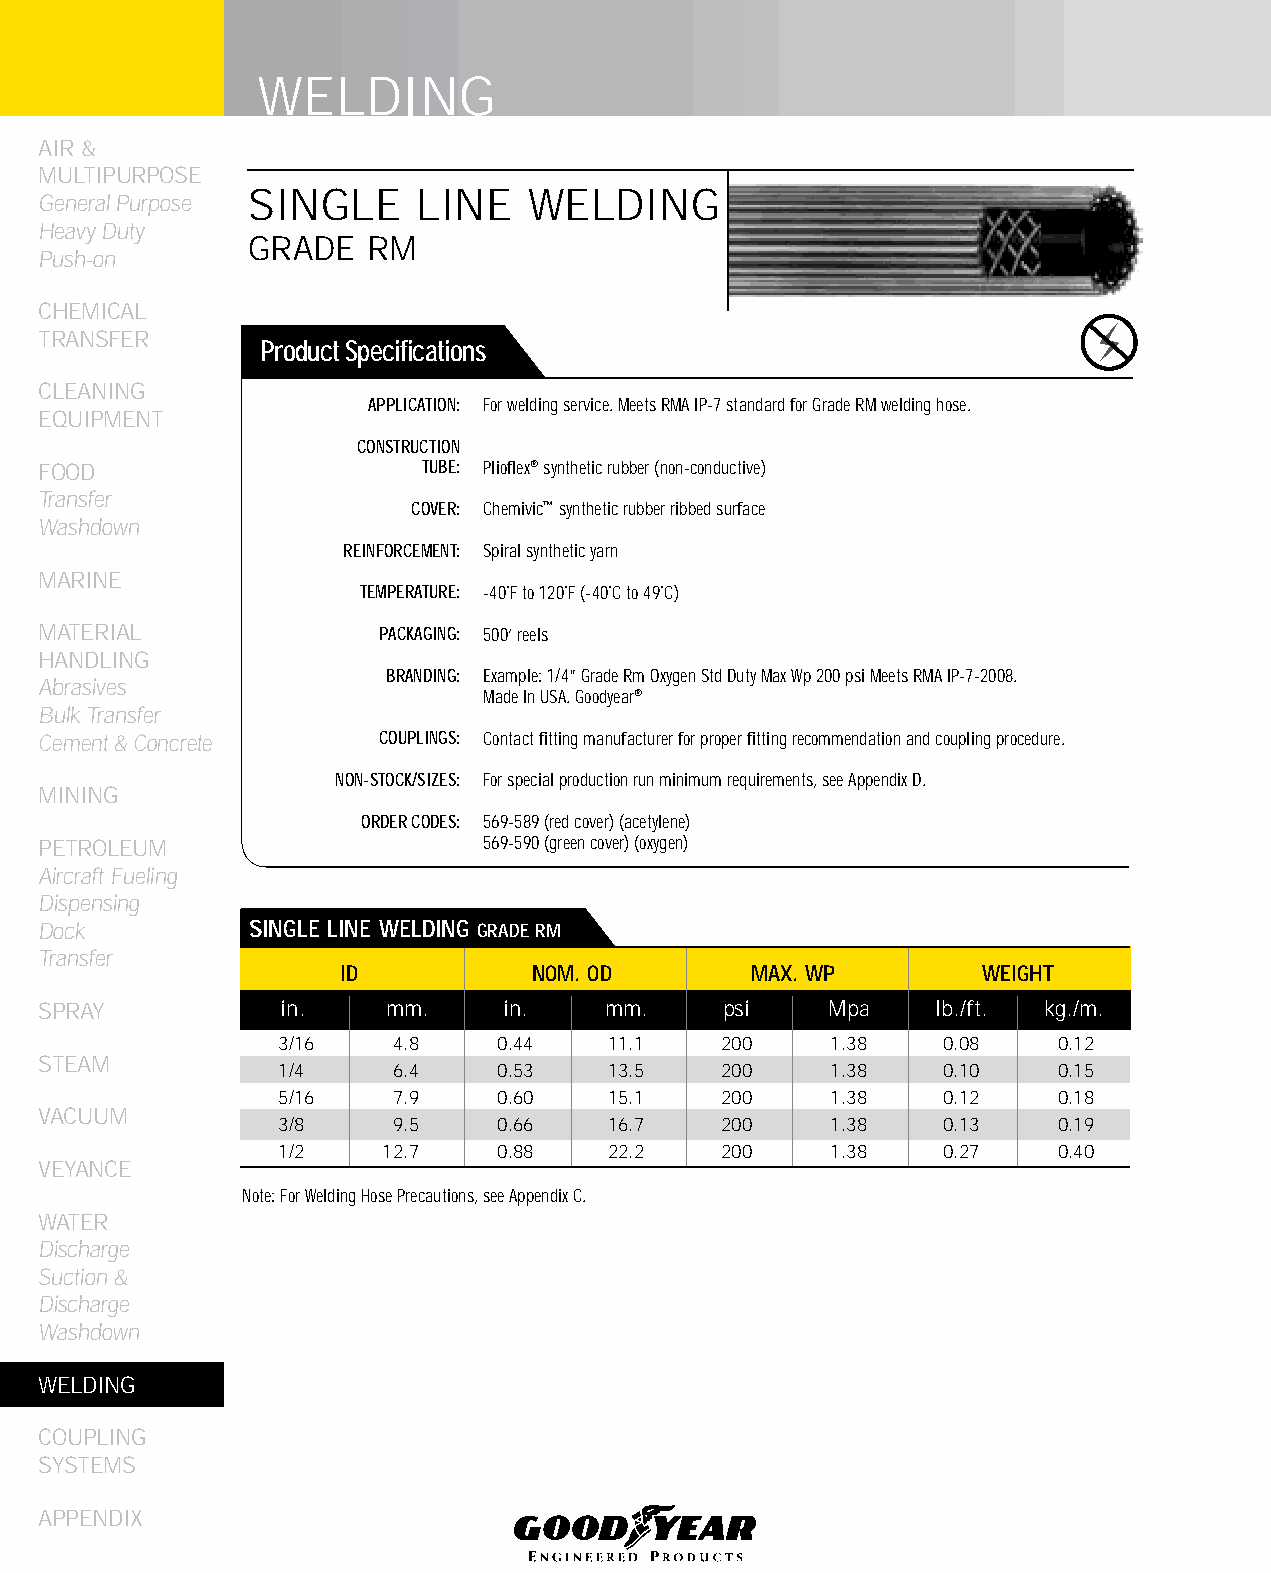
WELDING
 AIR &
 MULTIPURPOSE
 SINGLE     LINE   WELDING
 General Purpose
 Heavy Duty
 GRADE  RM
 Push-on
 CHEMICAL
 TRANSFER
 Product Specifications
 CLEANING
 APPLICATION: For welding service. Meets RMA IP-7 standard for Grade RM welding hose.
 EqUIPMENT
 CONSTRUCTION
 FOOD                     TUBE: Plioflex® synthetic rubber (non-conductive)
 Transfer
 COVER: Chemivic™ synthetic rubber ribbed surface
 Washdown
 REINFORCEMENT: Spiral synthetic yarn
 MARINE
 TEMPERATURE: -40˚F to 120˚F (-40˚C to 49˚C)
 MATERIAL              PACKAGING: 500’ reels
 HANDLING
 BRANDING: Example: 1/4” Grade Rm Oxygen Std Duty Max Wp 200 psi Meets RMA IP-7-2008.
 Abrasives
 Made In USA. Goodyear®
 Bulk Transfer
 Cement & Concrete     COUPLINGS: Contact fitting manufacturer for proper fitting recommendation and coupling procedure.
 NON-STOCK/SIZES: For special production run minimum requirements, see Appendix D.
 MINING
 ORDER CODES: 569-589 (red cover) (acetylene)
 PETROLEUM                    569-590 (green cover) (oxygen)
 Aircraft Fueling
 Dispensing
 Dock          SINGLE LINE WELDING GRADE RM
 Transfer
 ID          NOM. OD        MAX. WP        WEIGHT
 SPRAY           in.    mm.    in.    mm.     psi    Mpa    lb./ft. kg./m.
 3/16   4.8    0.44   11.1    200    1.38    0.08   0.12
 STEAM
 1/4    6.4    0.53   13.5    200    1.38    0.10   0.15
 5/16   7.9    0.60   15.1    200    1.38    0.12   0.18
 VACUUM
 3/8    9.5    0.66   16.7    200    1.38    0.13   0.19
 1/2   12.7    0.88   22.2    200    1.38    0.27   0.40
 VEYANCE
 Note: For Welding Hose Precautions, see Appendix C.
 WATER
 Discharge
 Suction &
 Discharge
 Washdown
 WELDING
 COUPLING
 SYSTEMS
 APPENDIX
 246